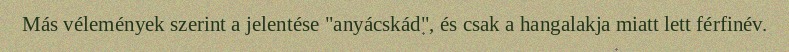
Más vélemények szerint a jelentése "anyácskád", és csak a hangalakja miatt lett férfinév.